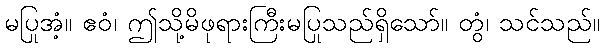
မပြုအံ့။ ဧဝံ၊ ဤသို့မိဖုရားကြီးမပြုသည်ရှိသော်။ တွံ၊ သင်သည်။